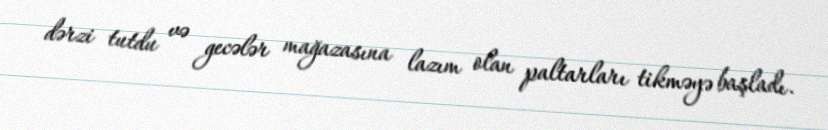
dərzi tutdu və gecələr mağazasına lazım olan paltarları tikməyə başladı.